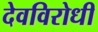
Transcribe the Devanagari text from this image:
देवविरोधी